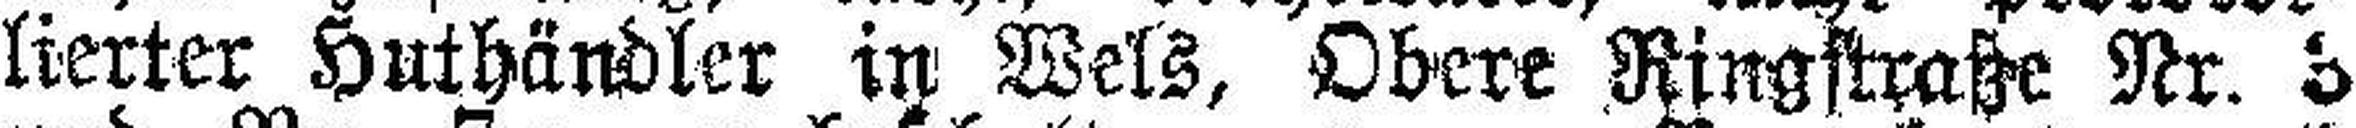
lierter Huthändler in Wels, Obere Ringstraße Nr. 3